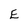
Character: E